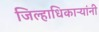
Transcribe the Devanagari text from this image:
जिल्हाधिकाऱ्यांनी